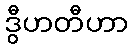
ဒွီဟတီဟာ